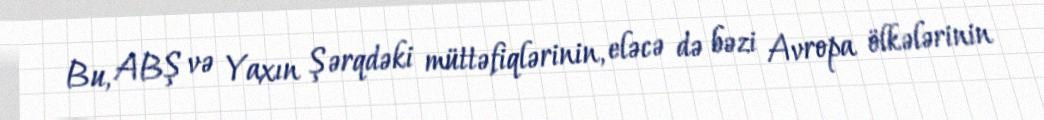
Bu, ABŞ və Yaxın Şərqdəki müttəfiqlərinin, eləcə də bəzi Avropa ölkələrinin